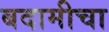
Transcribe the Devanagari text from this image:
बदामीचा